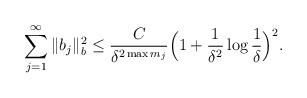
LaTeX: \begin{align*}\sum_{j=1}^\infty\|b_j\|_b^2 \le\frac{C}{\delta^{2\max m_j}}\Big(1+\frac{1}{\delta^2}\log\frac{1}{\delta}\Big)^2.\end{align*}